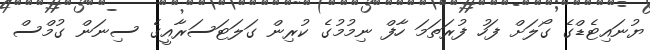
ޔުނައިޓެޑްގެ ގޯލަށް ފަހު ފުރަތަމަ ހާފް ނިމުމުގެ ކުރިން ގަލަޓަސަރާއީގެ ސިނަން ގުމްސް